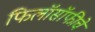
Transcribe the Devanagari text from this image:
फिलॉसॉफीचे